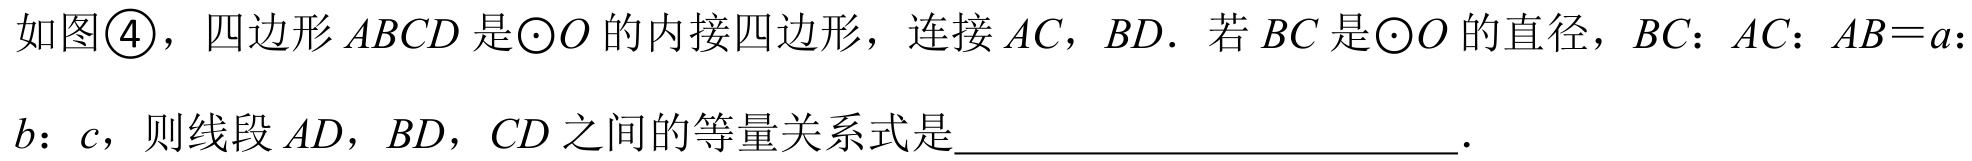
如图\textcircled{4}，四边形 \(ABCD\) 是\(\odot O\) 的内接四边形，连接 \(AC\)，\(BD\)．若 \(BC\) 是\(\odot O\) 的直径，\(BC\)：\(AC\)：\(AB = a\)：\(b\)：\(c\)，则线段 \(AD\)，\(BD\)，\(CD\) 之间的等量关系式是____________________．